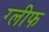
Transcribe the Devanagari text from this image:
ग्लीफ